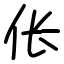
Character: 伥